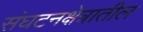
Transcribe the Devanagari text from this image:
संघटनक्षेत्रातील